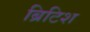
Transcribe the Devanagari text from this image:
ब्रिटिश